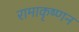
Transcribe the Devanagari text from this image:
रामाकृष्णन